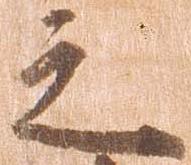
之